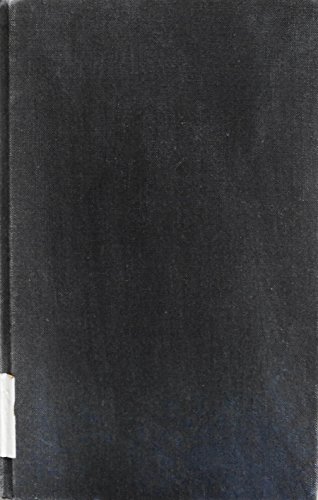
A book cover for Anti-Dumping Law in a Liberal Trade Order; Richard Dale; Law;